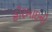
હીરબાઇની